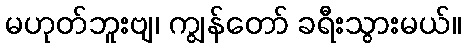
မဟုတ်ဘူးဗျ၊ ကျွန်တော် ခရီးသွားမယ်။